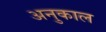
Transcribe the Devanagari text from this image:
अनुकाल